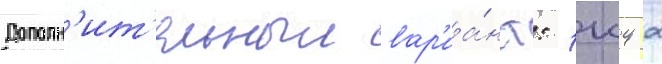
Дополн'ит'ельныи вар'иа́нт: 1к4 2